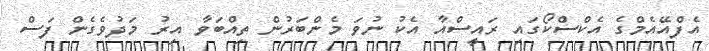
އެފްއޭއެމްގެ އެކްސްކޯގައި ރައީސްއާ އެކު ނުވަ މެންބަރުން ތިއްބަވާ އިރު މަދުވެގެން ފަސް